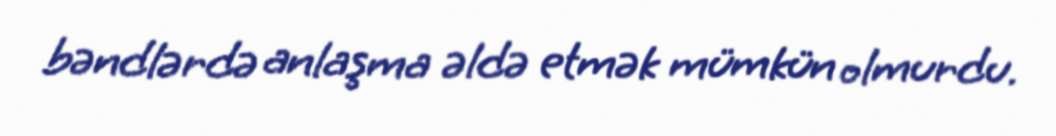
bəndlərdə anlaşma əldə etmək mümkün olmurdu.